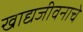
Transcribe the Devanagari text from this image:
खाद्यजीवनाचे